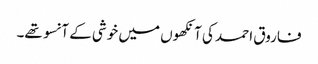
فاروق احمد کی آنکھوں میں خوشی کے آنسو تھے۔